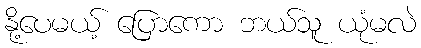
နို့ပေမယ့် ပြောကော ဘယ်သူ ယုံမလဲ